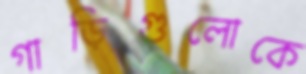
গাড়িগুলোকে